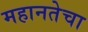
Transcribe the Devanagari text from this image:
महानतेचा